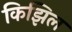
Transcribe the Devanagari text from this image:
किझिल